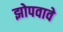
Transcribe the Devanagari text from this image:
झोपवावे